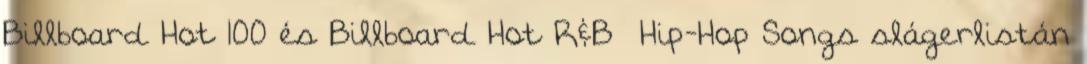
Billboard Hot 100 és Billboard Hot R&B Hip-Hop Songs slágerlistán